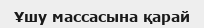
Ұшу массасына қарай